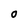
Character: 0